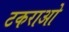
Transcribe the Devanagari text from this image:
टकराओ